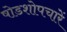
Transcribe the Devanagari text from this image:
षोडशोपचारें